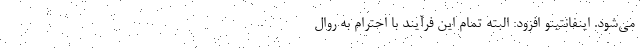
می‌شود. اینفانتینو افزود: البته تمام این فرآیند با احترام به روال